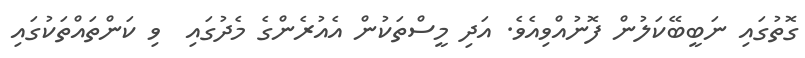
ގޮތުގައި ނަބީބޭކަލުން ފޮނުއްވިއެވެ. އަދި މީސްތަކުން އެއުރެންގެ މެދުގައި  ވި ކަންތައްތަކުގައި